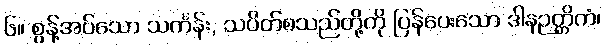
၆။ စွန့်အပ်သော သင်္ကန်း, သပိတ်စသည်တို့ကို ပြန်ပေးသော ဒါနဉတ္တိကံ၊